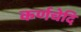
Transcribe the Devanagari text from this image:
कर्णचेदि